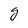
Character: g